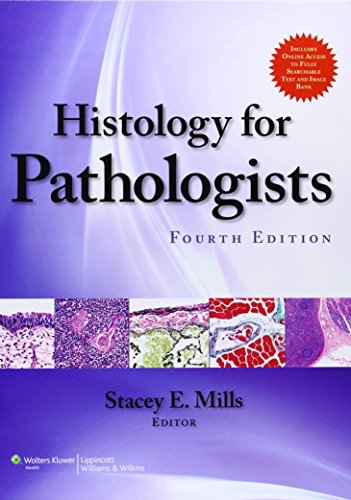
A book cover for Histology for Pathologists; Stacey E Mills MD; Medical Books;